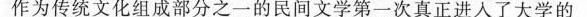
作为传统文化组成部分之一的民间文学第一次真正进人了大学的